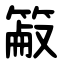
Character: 䈛